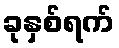
ခုနှစ်ရက်